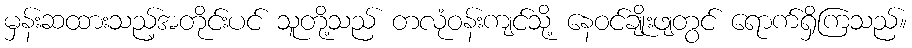
မှန်းဆထားသည့်အတိုင်းပင် သူတို့သည် တလုံဝန်းကျင်သို့ နေဝင်ချိုးဖျတွင် ရောက်ရှိကြသည်။